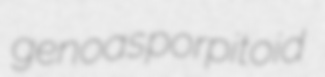
genoas porpitoid